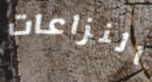
النزاعات